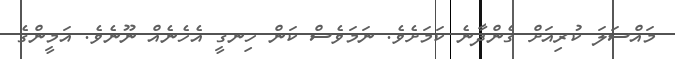
މައްސަލަ ކުރިއަށް ގެންދާނެ ކަމަށެވެ. ނަމަވެސް ކަން ހިނގީ އެހެނެއް ނޫނެވެ. އަމީންގެ